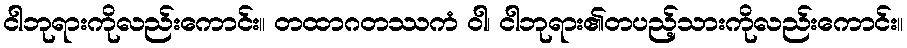
ငါဘုရားကိုလည်းကောင်း။ တထာဂတဿကံ ဝါ၊ ငါဘုရား၏တပည့်သားကိုလည်းကောင်း။